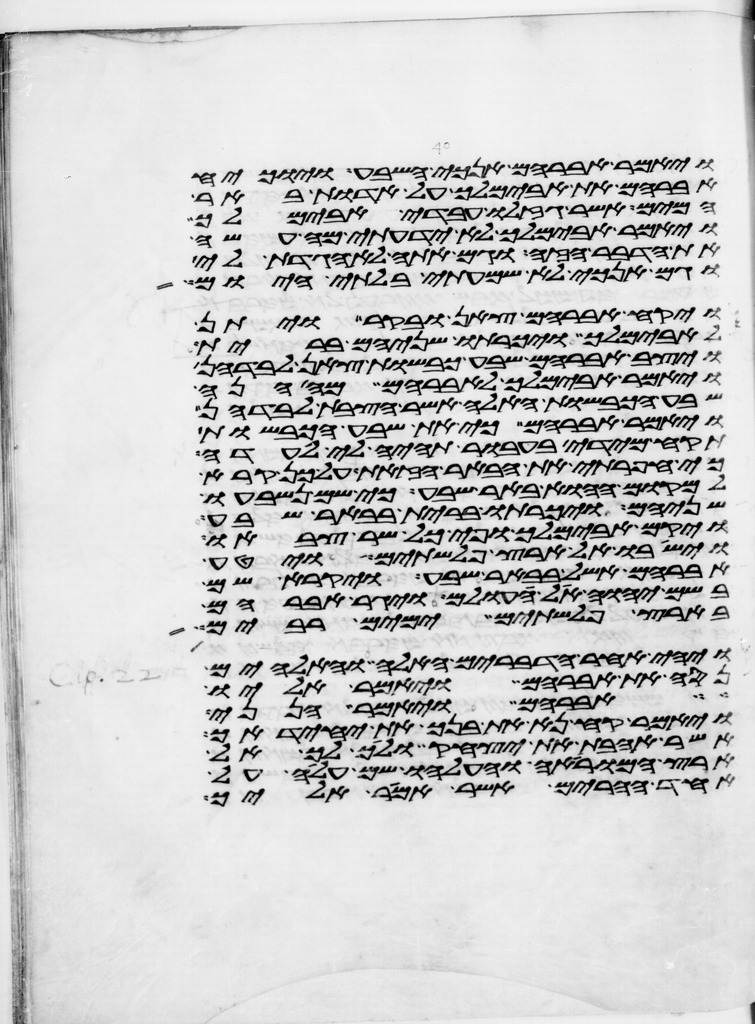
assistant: ויאמר אברהם אנכי השבע והוכיח
אברהם את אבימלך על אדות באר
המים אשר גזלו עבדי אבימלך
ויאמר אבימלך לא ידעתי מי עשה
את הדבר הזה וגם אתה לא הגדת לי
וגם אנכי לא שמעתי בלתי היום
ויקח אברהם צאן ובקר ויתן
לאבימלך ויכרתו שניהם ברית
ויצב אברהם שבע כבשות צאן לבדהן
ויאמר אבימלך אל אברהם מה הנה
שבע הכבשות האלה אשר הצבת לבדהן
ויאמר אברהם כי את שבע הכבשות
תקח מידי בעבור תהיה לי לעדה
כי חפרתי את הבאר הזאת על כן קרא
למקום ההוא באר שבע כי שם נשבעו
שניהם ויכרתו ברית בבאר שבע
ויקם אבימלך ופי כל שר צבאו
וישבו אל ארץ פלשתים ויטע
אברהם אשל בבאר שבע ויקרא שם
בשם יהוה אל עולם ויגר אברהם
בארץ פלשתים ימים רבים
ויהי אחר הדברים האלה והאלהים
נסה את אברהם ויאמר אליו
אברהם ויאמר הנני
ויאמר קח נא את בנך את יחידך
אשר אהבת את יצחק ולך לך אל
ארץ המוראה והעלהו שם עלה על
אחד ההרים אשר אמר אליך